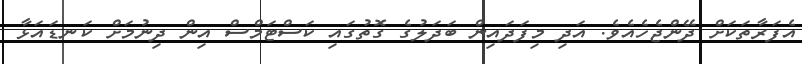
އެފަރާތަކަށް ދޭންޖެހެއެވެ. އަދި މިފަދައިން ބަދަލުގެ ގޮތުގައި ކަސްޓަމްސް އިން ދިނުމަށް ކަނޑައަޅާ